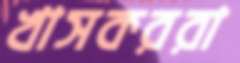
খাসকররা